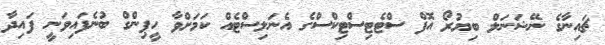
ޗައިނާގެ ނޭޝަނަލް ބިޔުރޯ އޮފް ސްޓެޓިސްޓިކްސްގެ އެނަލިސްޓެއް ކަމަށްވާ ހީޕިންގް ބުނެފައިވަނީ ފައިދާ